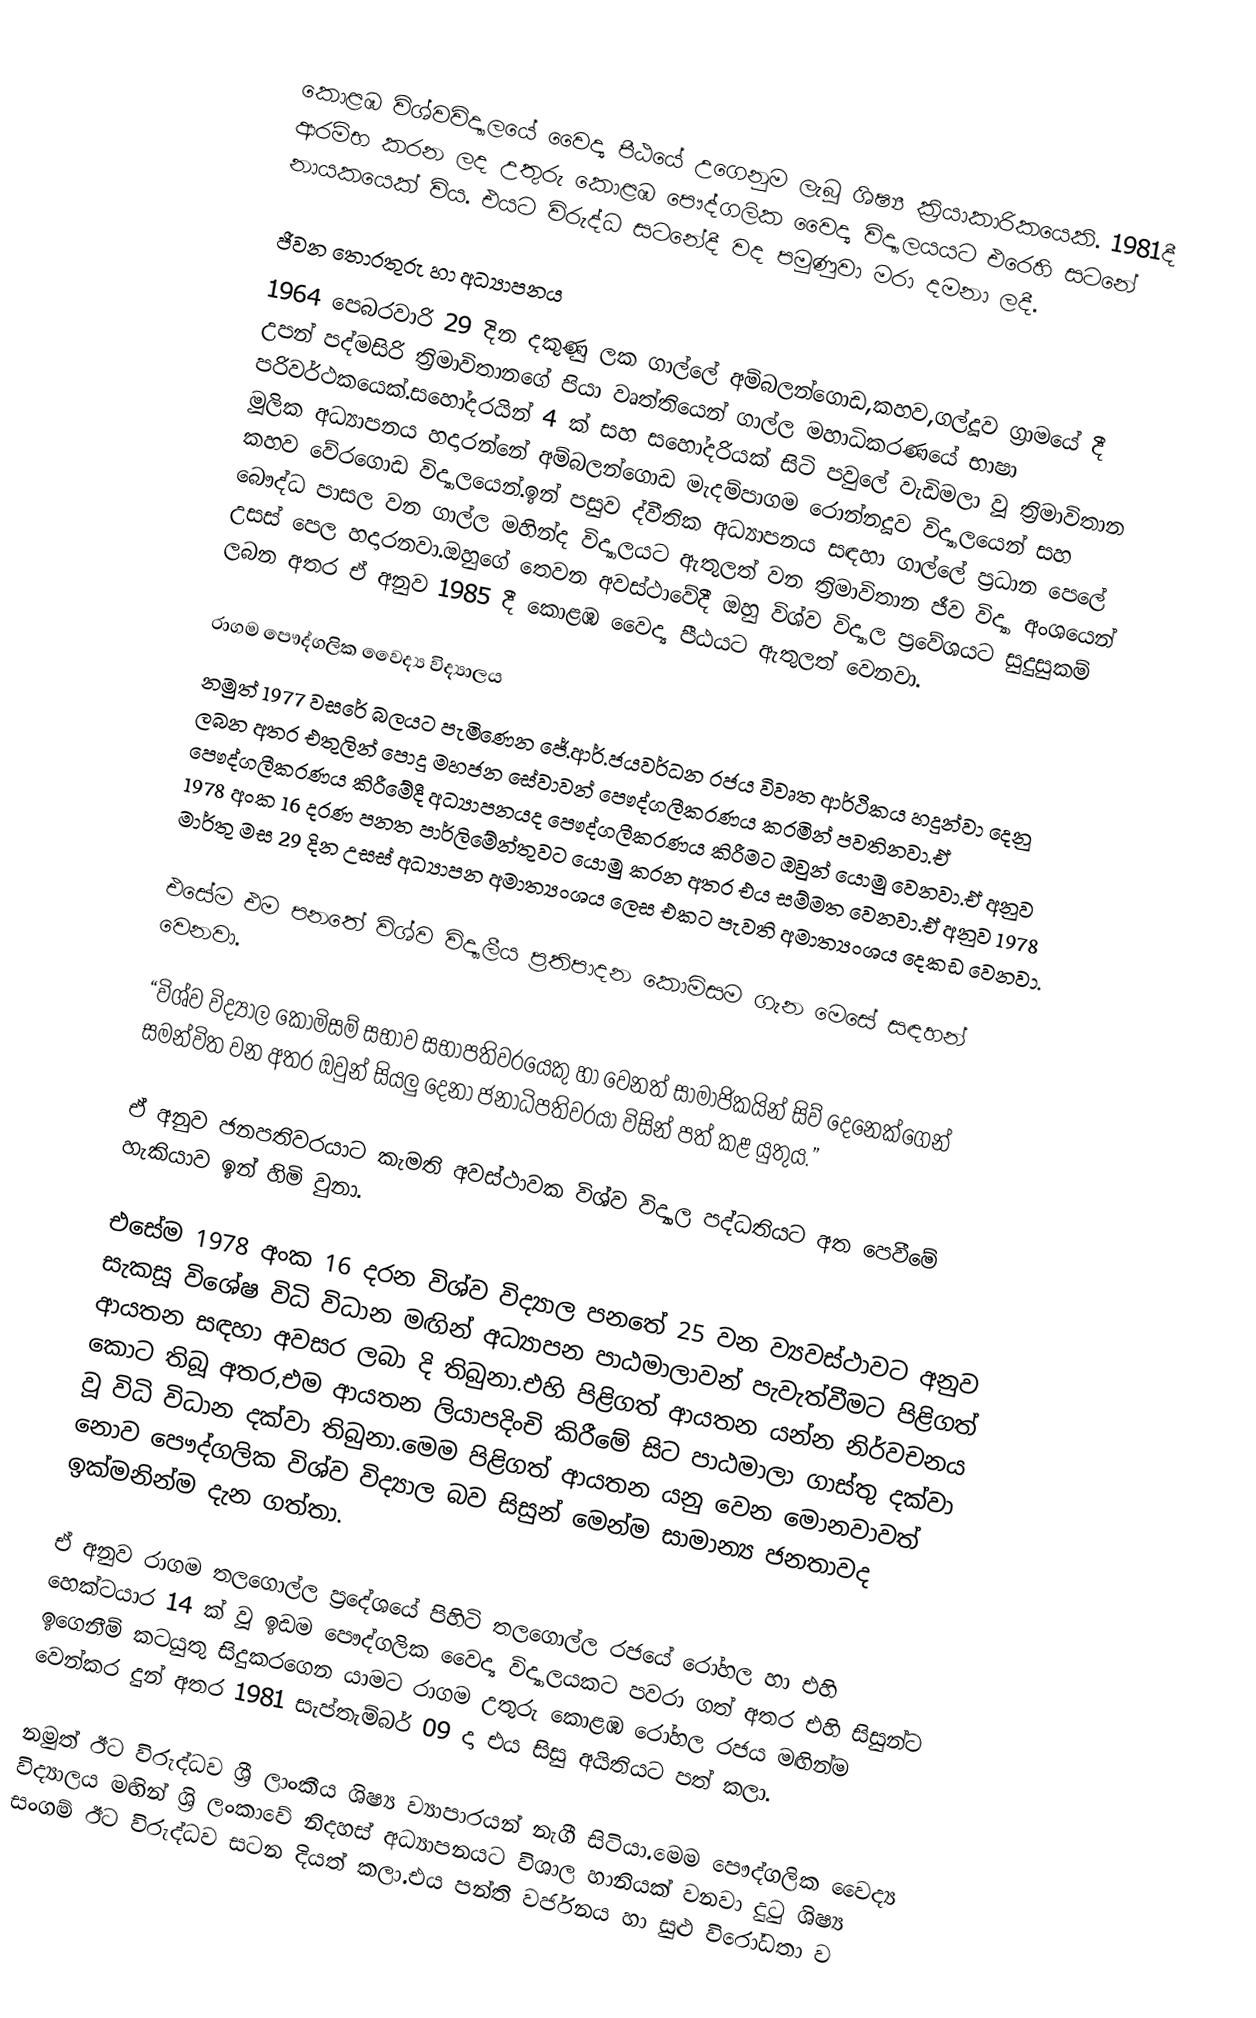
කොළඹ විශ්වවිද්‍යාලයේ වෛද්‍ය පීඨයේ උගෙනුම ලැබූ ශිෂ්‍ය ක්‍රියාකාරිකයෙකි. 1981දී ආරම්භ කරන ලද උතුරු කොළඹ පෞද්ගලික වෛද්‍ය විද්‍යාලයයට එරෙහි සටනේ නායකයෙක් විය. එයට විරුද්ධ සටනේදී වද පමුණුවා මරා දමනා ලදී.

ජීවන තොරතුරු හා අධ්‍යාපනය
1964 පෙබරවාරි 29 දින දකුණු ලක ගාල්ලේ අම්බලන්ගොඩ,කහව,ගල්දූව ග්‍රාමයේ දී උපන් පද්මසිරි ත්‍රිමාවිතානගේ පියා වෘත්තියෙන් ගාල්ල මහාධිකරණයේ භාෂා පරිවර්ථකයෙක්.සහෝදරයින් 4 ක් සහ සහෝදරියක් සිටි පවුලේ වැඩිමලා වූ ත්‍රිමාවිතාන මූලික අධ්‍යාපනය හදාරන්නේ අම්බලන්ගොඩ මැදම්පාගම රොන්නදූව විද්‍යාලයෙන් සහ කහව වේරගොඩ විද්‍යාලයෙන්.ඉන් පසුව ද්වීතික අධ්‍යාපනය සඳහා ගාල්ලේ ප්‍රධාන පෙලේ බෞද්ධ පාසල වන ගාල්ල මහින්ද විද්‍යාලයට ඇතුලත් වන ත්‍රිමාවිතාන ජීව විද්‍යා අංශයෙන් උසස් පෙල හදාරනවා.ඔහුගේ තෙවන අවස්ථාවේදී ඔහු විශ්ව විද්‍යාල ප්‍රවේශයට සුදුසුකම් ලබන අතර ඒ අනුව 1985 දී කොළඹ වෛද්‍ය පීඨයට ඇතුලත් වෙනවා.

රාගම පෞද්ගලික වෛද්‍ය විද්‍යාලය
නමුත් 1977 වසරේ බලයට පැමිණෙන ජේ.ආර්.ජයවර්ධන රජය විවෘත ආර්ථිකය හදුන්වා දෙනු ලබන අතර එතුලින් පොදු මහජන සේවාවන් පෞද්ගලීකරණය කරමින් පවතිනවා.ඒ පෞද්ගලීකරණය කිරීමේදී අධ්‍යාපනයද පෞද්ගලීකරණය කිරීමට ඔවුන් යොමු වෙනවා.ඒ අනුව 1978 අංක 16 දරණ පනත පාර්ලිමේන්තුවට යොමු කරන අතර එය සම්මත වෙනවා.ඒ අනුව 1978 මාර්තු මස 29 දින උසස් අධ්‍යාපන අමාත්‍යංශය ලෙස එකට පැවති අමාත්‍යංශය දෙකඩ වෙනවා.

එසේම එම පනතේ විශ්ව විද්‍යාලීය ප්‍රතිපාදන කොමිසම ගැන මෙසේ සඳහන් වෙනවා.

“විශ්ව විද්‍යාල කොමිසම් සභාව සභාපතිවරයෙකු හා වෙනත් සාමාජිකයින් සිව් දෙනෙක්ගෙන් සමන්විත වන අතර ඔවුන් සියලු දෙනා ජනාධිපතිවරයා විසින් පත් කළ යුතුය.”

ඒ අනුව ජනපතිවරයාට කැමති අවස්ථාවක විශ්ව විද්‍යාල පද්ධතියට අත පෙවීමේ හැකියාව ඉන් හිමි වුනා.

එසේම 1978 අංක 16 දරන විශ්ව විද්‍යාල පනතේ 25 වන ව්‍යවස්ථාවට අනුව සැකසූ විශේෂ විධි විධාන මඟින් අධ්‍යාපන පාඨමාලාවන් පැවැත්වීමට පිළිගත් ආයතන සඳහා අවසර ලබා දි තිබුනා.එහි පිළිගත් ආයතන යන්න නිර්වචනය කොට තිබූ අතර,එම ආයතන ලියාපදිංචි කිරීමේ සිට පාඨමාලා ගාස්තු දක්වා වූ විධි විධාන දක්වා තිබුනා.මෙම පිළිගත් ආයතන යනු වෙන මොනවාවත් නොව පෞද්ගලික විශ්ව විද්‍යාල බව සිසුන් මෙන්ම සාමාන්‍ය ජනතාවද ඉක්මනින්ම දැන ගත්තා.

ඒ අනුව රාගම තලගොල්ල ප්‍රදේශයේ පිහිටි තලගොල්ල රජයේ රෝහල හා එහි හෙක්ටයාර 14 ක් වූ ඉඩම පෞද්ගලික වෛද්‍ය විද්‍යාලයකට පවරා ගත් අතර එහි සිසුන්ට ඉගෙනීම් කටයුතු සිදුකරගෙන යාමට රාගම උතුරු කොළඹ රෝහල රජය මඟින්ම වෙන්කර දුන් අතර 1981 සැප්තැම්බර් 09 දා එය සිසු අයිතියට පත් කලා.

නමුත් ඊට විරුද්ධව ශ්‍රී ලාංකීය ශිෂ්‍ය ව්‍යාපාරයන් නැගී සිටියා.මෙම පෞද්ගලික වෛද්‍ය විද්‍යාලය මඟින් ශ්‍රි ලංකාවේ නිදහස් අධ්‍යාපනයට විශාල හානියක් වනවා දුටු ශිෂ්‍ය සංගම් ඊට විරුද්ධව සටන දියත් කලා.එය පන්ති වර්ජනය හා සුළු විරෝධතා ව